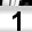
Digit: 1